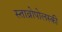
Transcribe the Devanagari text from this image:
स्ताव्रोपोलस्की